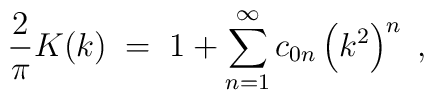
{2\over \pi}K(k)\;=\; 1+\sum_{n=1}^\infty c_{0n}\left(k^2\right)^n\;,